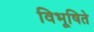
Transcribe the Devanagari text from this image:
विभूषिते